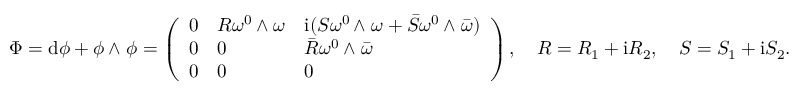
\Phi = \mathrm { d } \phi + \phi { \, { \wedge } \; } \phi = \left( \begin{array} { l l l } { 0 } & { R \omega ^ { 0 } { \, { \wedge } \; } \omega } & { \mathrm { i } ( S \omega ^ { 0 } { \, { \wedge } \; } \omega + \bar { S } \omega ^ { 0 } { \, { \wedge } \; } \bar { \omega } ) } \\ { 0 } & { 0 } & { \bar { R } \omega ^ { 0 } { \, { \wedge } \; } \bar { \omega } } \\ { 0 } & { 0 } & { 0 } \end{array} \right) , \quad R = R _ { 1 } + \mathrm { i } R _ { 2 } , \quad S = S _ { 1 } + \mathrm { i } S _ { 2 } .